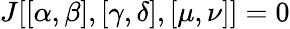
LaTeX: J[[\alpha,\beta],[\gamma,\delta],[\mu,\nu]]=0